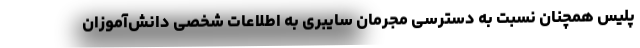
پلیس همچنان نسبت به دسترسی مجرمان سایبری به اطلاعات شخصی دانش‌آموزان